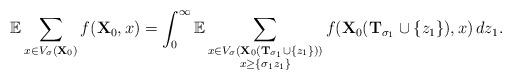
LaTeX: \begin{align*}\mathbb{E} \sum_{x \in V_{\sigma} (\mathbf{X}_0)} f(\mathbf{X}_0, x) =\int_0^\infty \mathbb{E}\sum_{\substack{x \in V_{\sigma} (\mathbf{X}_0(\mathbf{T}_{\sigma_1}\cup\{z_1\} ))\\x \geq \{\sigma_1 z_1\}}} f(\mathbf{X}_0(\mathbf{T}_{\sigma_1}\cup\{z_1\}), x) \,dz_1.\end{align*}